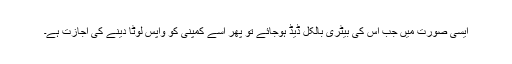
ایسی صورت میں جب اس کی بیٹری بالکل ڈیڈ ہوجائے تو پھر اسے کمپنی کو واپس لوٹا دینے کی اجازت ہے۔